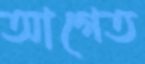
আগেত